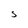
Character: S